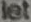
let